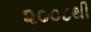
૨૦૦૮થી